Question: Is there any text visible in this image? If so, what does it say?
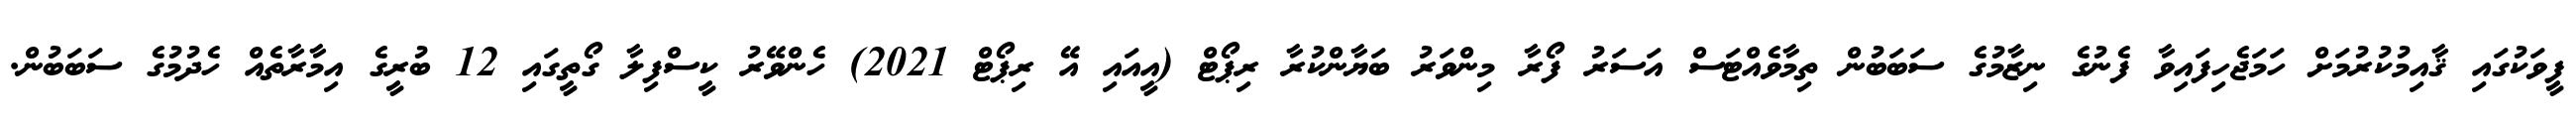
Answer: ފީވަކުގައި ޤާއިމުކުރުމަށް ހަމަޖެހިފައިވާ ފެނުގެ ނިޒާމުގެ ސަބަބުން ތިމާވެއްޓަސް އަސަރު ފޯރާ މިންވަރު ބަޔާންކުރާ ރިޕޯޓް (އީއައި އޭ ރިޕޯޓް 2021) ހެންވޭރު ކީސްފިލާ ގޯތީގައި 12 ބުރީގެ އިމާރާތެއް ހެދުމުގެ ސަބަބުން.